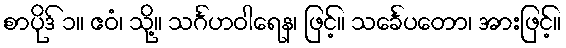
စာပိုဒ် ၁။ ဧဝံ၊ သို့။ သင်္ဂဟဝါရေန၊ ဖြင့်။ သင်္ခေပတော၊ အားဖြင့်။